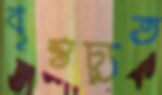
বৃন্তচ্যৃত